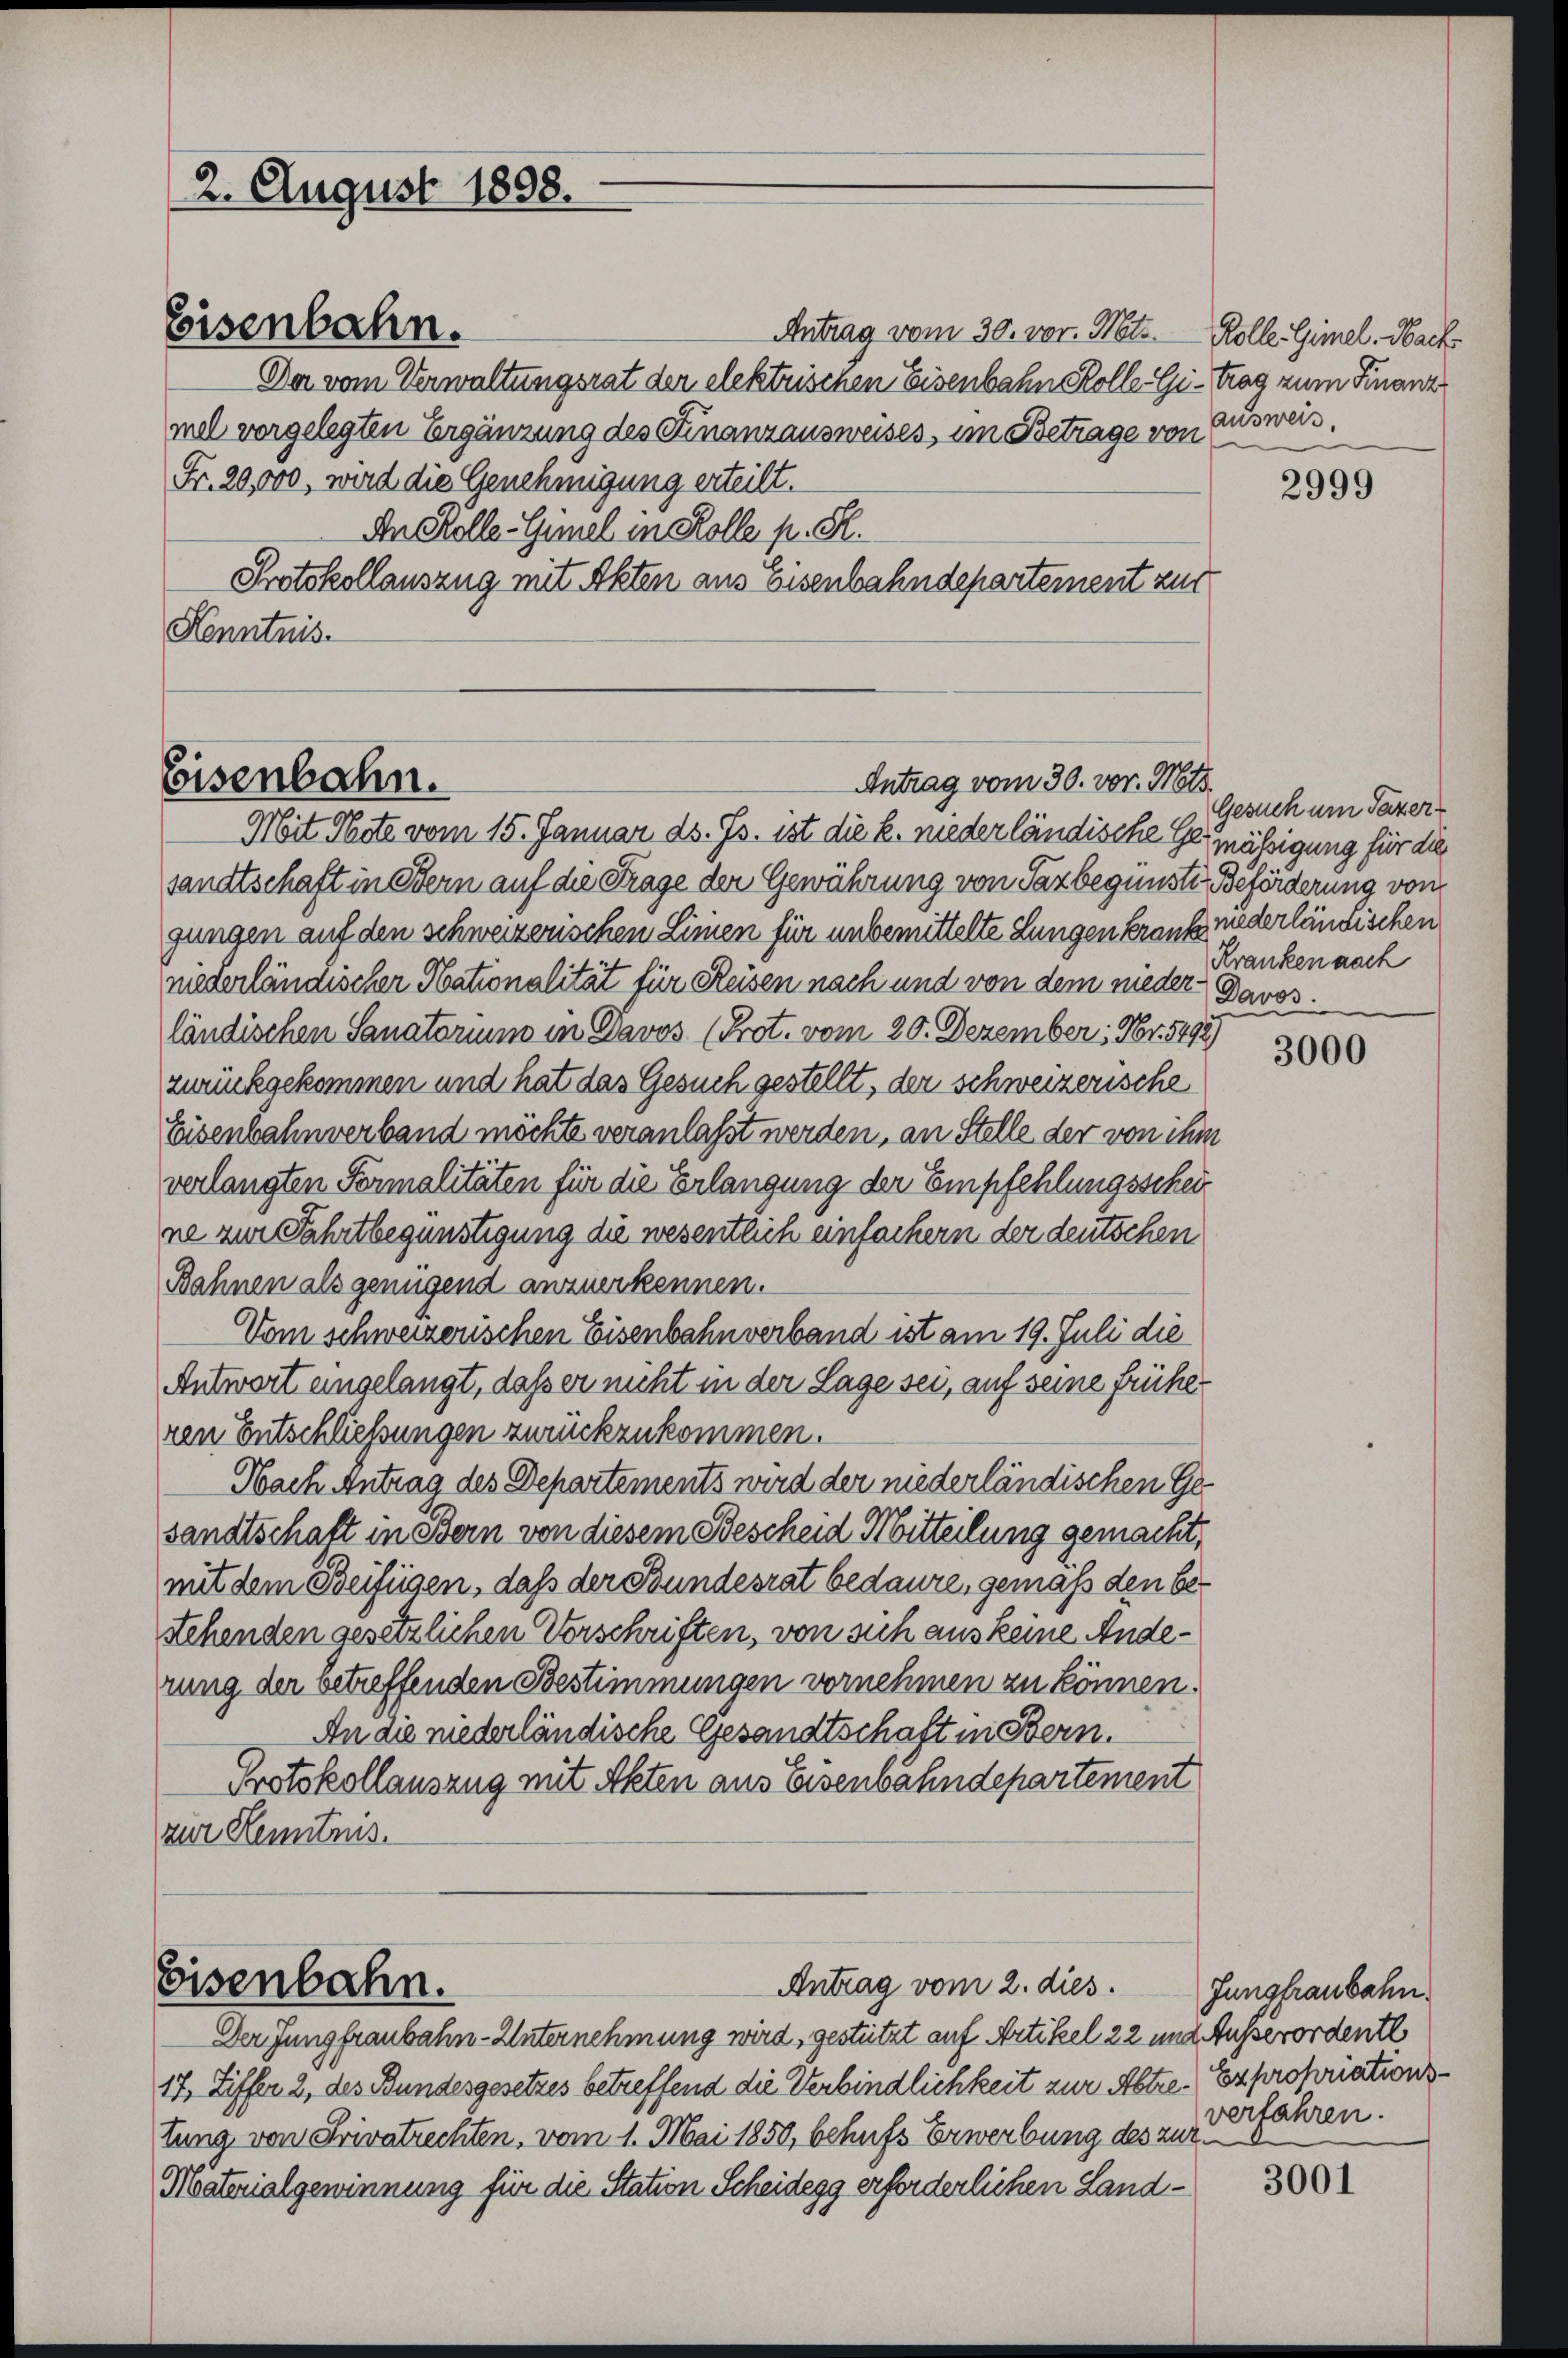
Antrag vom 30. vor. Mts. Kolle. Gimel, Nach
Der vom Verwaltungsrat der elektrischen Eisenbahn Kolle Gi-trag zum Finanz
mel vorgelegten Ergänzung des Finanzausweises, im Betrage von Ausweis,
Fr. 20,000, wird die Genehmigung erteilt.
An Kolle-Gimel in Kolle p. S.
Protokollauszug mit Akten aus Eisenbahndepartement zur
Kenntnis.

2. August 1808.

Eisenbahn.

Der Jungfraubahn-Unternehmung wird, gestützt auf Artikel 22 und Ausserordentl
17, Ziffer 2, des Bundesgesetzes betreffend die Verbindlichkeit zur Abtre-Expropriationstung von Privatrechten, vom 1. Mai 1850, behufs Erwerbung des zur
Materialgewinnung für die Station Scheidegg erforderlichen Land¬

Eisenbahn.
Antrag vom 30. vor. Mts.

Mit Note vom 15. Januar ds. Js. ist die k. nieder ländische Gemässigung für dies
sandtschaft in Stern auf die Frage der Gewährung von Par begünste Beförderung von
gungen auf den schweizerischen Linien für unbemittelte Lungen krank niederländischen
niederländischer Nationalität für Reisen nach und von dem nieder Davos.
ländischen Sanatorium in Davos (Prot. vom 20. Dezember: Nr. 5492)
zurückgekommen und hat das Gesuch gestellt, der schweizerische
Eisenbahnverband möchte veranlaßt werden, an Stelle der von ihm
verlangten Formalitäten für die Erlangung der Empfehlungsschei
ne zur Fahrtbegünstigung die wesentlich einfachern der deutschen
Bahnen als genügend anzuerkennen.
Vom schweizerischen Eisenbahnverband ist am 19. Juli die
Antwort eingelangt, daß er nicht in der Lage sei, auf seine frühe
ren Entschliessungen zurückzukommen.
Nach Antrag des Departements wird der niederländischen Gesandtschaft in Bern von diesem Bescheid Mitteilung gemacht,
mit dem Beifügen, daß der Bundesrat bedaure, gemäß den be¬
Stehenden gesetzlichen Vorschriften, von sich aus keine Anderung der betreffenden Bestimmungen vornehmen zu können.
An die niederländische Gesandtschaft in Bern.
Protokollauszug mit Akten aus Eisenbahndepartement
zur Kenntnis.

Eisenbahn.
Antrag vom 2. dies. Jungfraubahn.

2999

Gesuch um Pazer-
Kranken nach

3000

verfahren.

3001